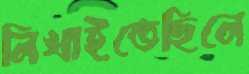
লিখাইতেছিলে